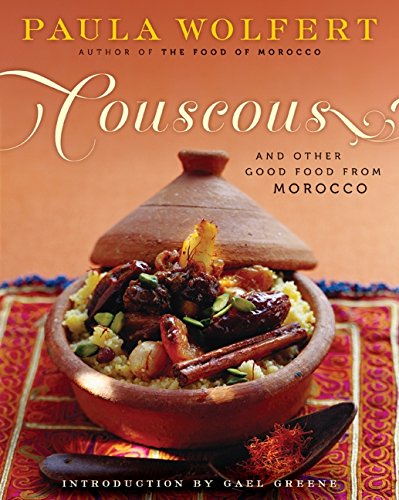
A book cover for Couscous and Other Good Food from Morocco; Paula Wolfert; Cookbooks, Food & Wine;